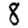
Digit: 8